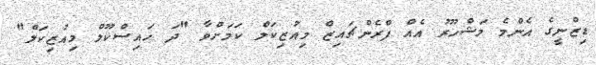
ޑިޒްނީގެ އެންމެ މަޝްހޫރު އެއް ފްރެންޗައިޒް މިއުޒިކަލް ކަމަށްވާ "ދަ ހައިސްކޫލް މިއުޒިކަލް"